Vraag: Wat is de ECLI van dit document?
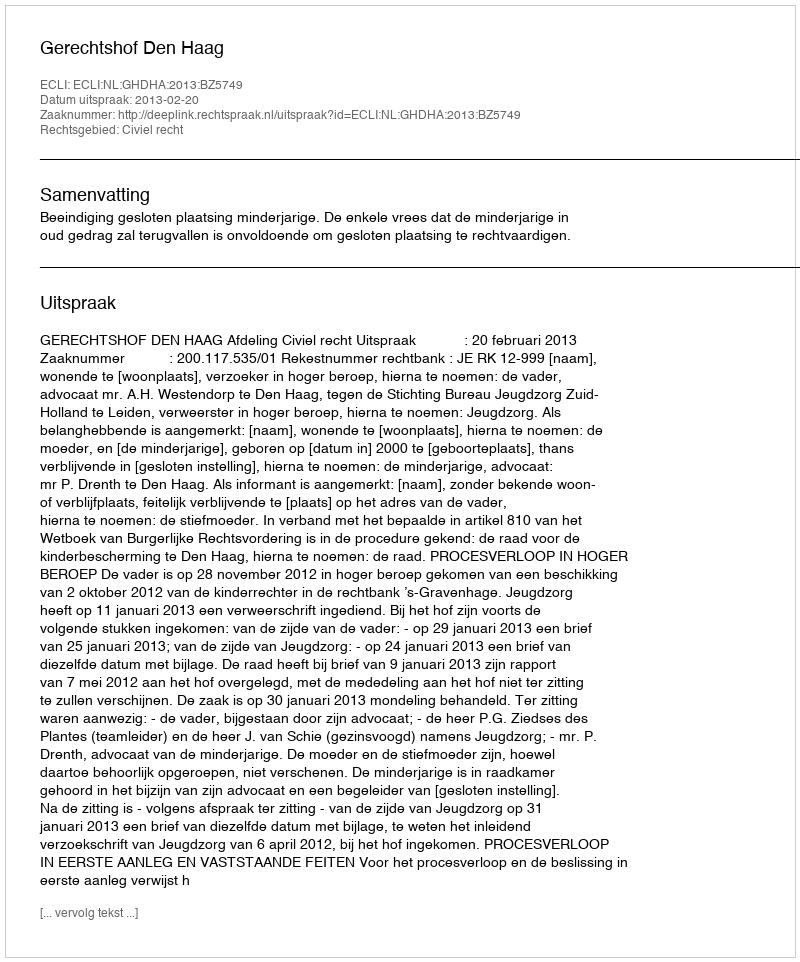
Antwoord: ECLI:NL:GHDHA:2013:BZ5749